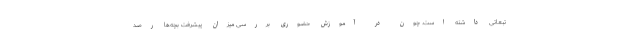
تبعاتی داشته است. چون در آموزش حضوری بررسی میزان پیشرفت بچه‌ها رصد